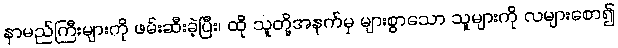
နာမည်ကြီးများကို ဖမ်းဆီးခဲ့ပြီး၊ ထို သူတို့အနက်မှ များစွာသော သူများကို လများစော၍